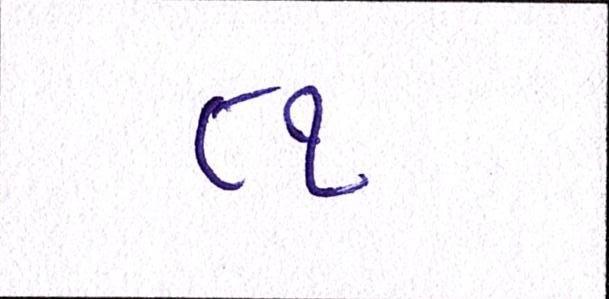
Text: ૮૧